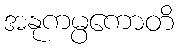
အနုကမ္ပကောတိ